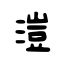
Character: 溰